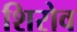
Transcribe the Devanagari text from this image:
शिरोव